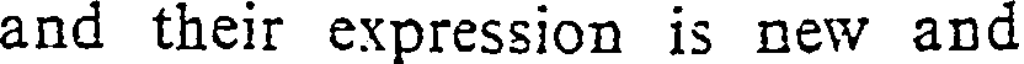
and their expression is new and